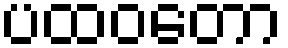
ပထဝတော